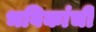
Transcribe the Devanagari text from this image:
भविकांची